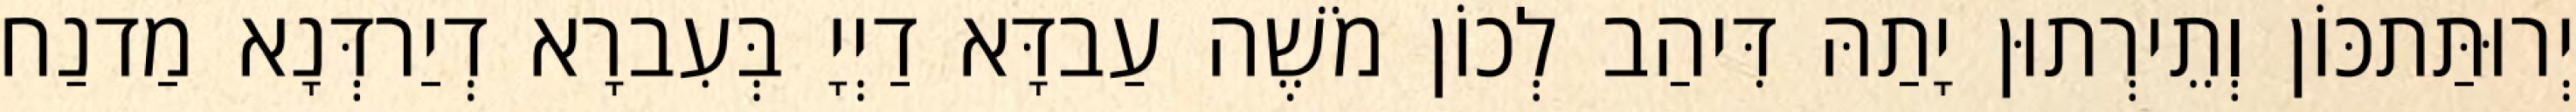
יְרוּתַּתכּוֹן וְתֵירְתוּן יָתַהּ דִּיהַב לְכוֹן מֹשֶׁה עַבדָּא דַיְיָ בְּעִברָא דְיַרדְּנָא מַדנַח